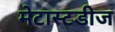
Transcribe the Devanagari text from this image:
मेटास्टडीज